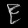
Digit: ၉